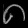
Digit: ၈